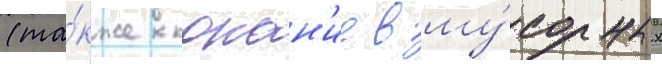
(та́кже копан'ие в му́сорных